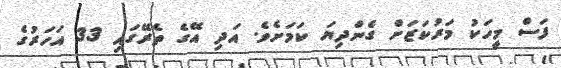
ފަސް މީހަކު މަރުކަޒަށް ގެންދިޔަ ކަމަށެވެ. އަދި އޭގެ ތެރޭގައި 33 އަހަރުގެ